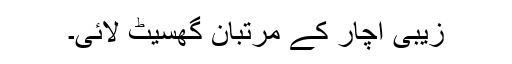
زیبی اچار کے مرتبان گھسیٹ لائی۔